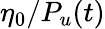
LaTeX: \eta_{0}/P_{u}(t)